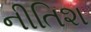
નીતિશ